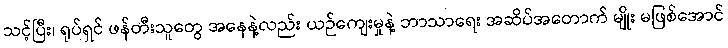
သင့်ပြီး၊ ရုပ်ရှင် ဖန်တီးသူတွေ အနေနဲ့လည်း ယဉ်ကျေးမှုနဲ့ ဘာသာရေး အဆိပ်အတောက် မျိုး မဖြစ်အောင်